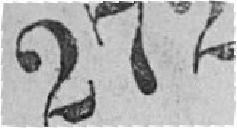
272